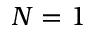
N = 1